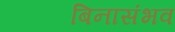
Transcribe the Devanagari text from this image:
बिनासंभव